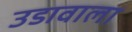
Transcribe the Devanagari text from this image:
उडावाला